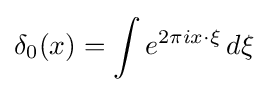
\delta _{0}(x)=\int e^{2\pi ix\cdot \xi }\,d\xi